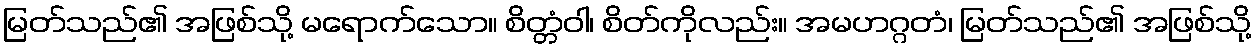
မြတ်သည်၏ အဖြစ်သို့ မရောက်သော။ စိတ္တံဝါ၊ စိတ်ကိုလည်း။ အမဟဂ္ဂတံ၊ မြတ်သည်၏ အဖြစ်သို့